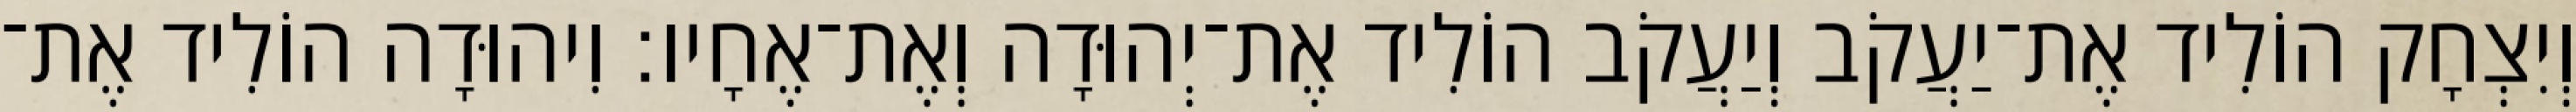
וְיִצְחָק הוֹלִיד אֶת־יַעֲקֹב וְיַעֲקֹב הוֹלִיד אֶת־יְהוּדָה וְאֶת־אֶחָיו׃ וִיהוּדָה הוֹלִיד אֶת־